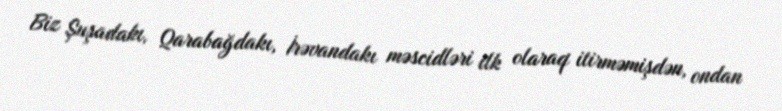
Biz Şuşadakı, Qarabağdakı, İrəvandakı məscidləri ilk olaraq itirməmişdən, ondan